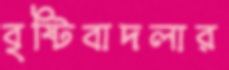
বৃষ্টিবাদলার